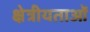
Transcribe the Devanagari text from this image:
क्षेत्रीयताओं